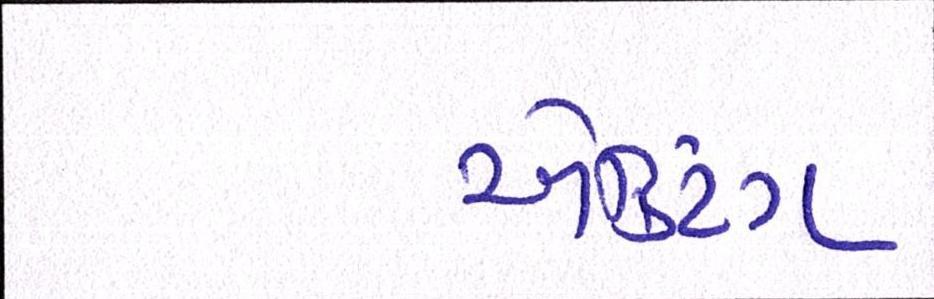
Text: ઍક્ટિંગ